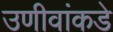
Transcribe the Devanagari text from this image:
उणीवांकडे